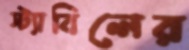
স্ট্যাবিলের